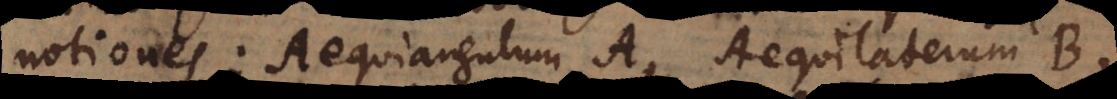
notiones: Aequiangulum A, Aequilaterum B,